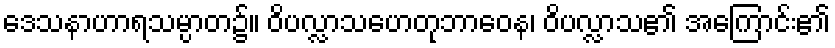
ဒေသနာဟာရသမ္ပာတ၌။ ဝိပလ္လာသဟေတုဘာဝေန၊ ဝိပလ္လာသ၏ အကြောင်း၏